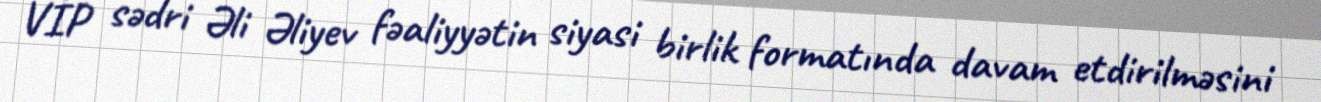
VİP sədri Əli Əliyev fəaliyyətin siyasi birlik formatında davam etdirilməsini